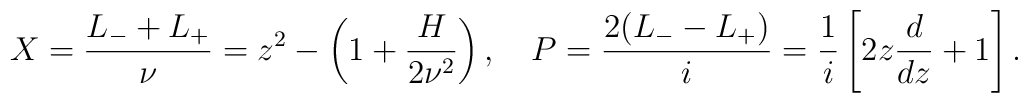
X = \frac{L_- + L_+}{\nu} = z^2 - \left(1+\frac{H}{2\nu^2}\right), ~~~P = \frac{2(L_- -L_+)}{i} = \frac{1}{i}\left[2z\frac{d}{dz} + 1\right].